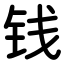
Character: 钱